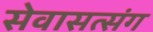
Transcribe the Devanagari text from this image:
सेवासत्संग